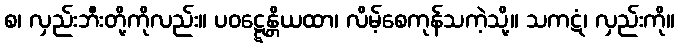
စ၊ လှည်းဘီးတို့ကိုလည်း။ ပဝဋ္ဋေန္တိယထာ၊ လိမ့်စေကုန်သကဲ့သို့။ သကဋံ၊ လှည်းကို။